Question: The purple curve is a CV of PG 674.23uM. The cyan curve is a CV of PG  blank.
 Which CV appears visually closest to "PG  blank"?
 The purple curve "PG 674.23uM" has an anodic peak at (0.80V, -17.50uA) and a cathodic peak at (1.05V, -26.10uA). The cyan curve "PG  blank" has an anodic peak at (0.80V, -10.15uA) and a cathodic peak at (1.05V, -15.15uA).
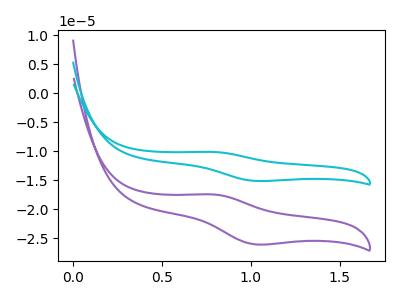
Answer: <think>All the peaks in "PG 674.23uM" have a peak in "PG  blank" at the same potential.
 </think>
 <answer>The CV with the most similar shape to "PG 674.23uM" is "PG  blank".</answer>
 <eval>"PG  blank"</eval>